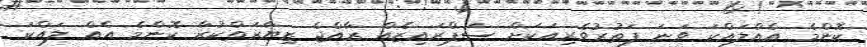
ކޮންމެ އެއްލައްކަ ވަނަ ފަތުރުވެރިއަކަށް ސަޕްރައިޒެއް ރާއްޖެ ޒިޔާރަތްކުރާ ކޮންމެ އެއް ލައްކަ